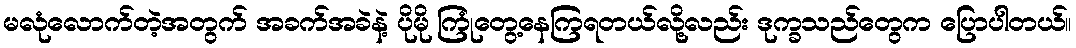
မလုံလောက်တဲ့အတွက် အခက်အခဲနဲ့ ပိုမို ကြုံတွေ့နေကြရတယ်လို့လည်း ဒုက္ခသည်တွေက ပြောပါတယ်။